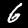
Label: 6